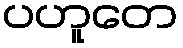
ပဟူတေ